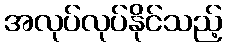
အလုပ်လုပ်နိုင်သည့်